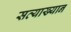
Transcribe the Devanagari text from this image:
सव्याख्यान